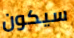
سيكون